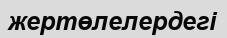
жертөлелердегі